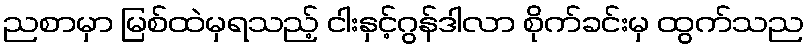
ညစာမှာ မြစ်ထဲမှရသည့် ငါးနှင့်ဂွန်ဒါလာ စိုက်ခင်းမှ ထွက်သည